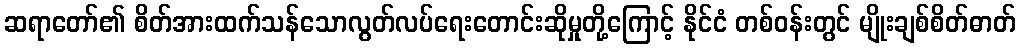
ဆရာတော်၏ စိတ်အားထက်သန်သောလွတ်လပ်ရေးတောင်းဆိုမှုတို့ကြောင့် နိုင်ငံ တစ်ဝန်းတွင် မျိုးချစ်စိတ်ဓာတ်